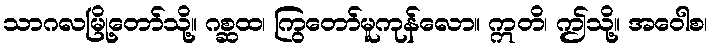
သာဂလမြို့တော်သို့။ ဂစ္ဆထ၊ ကြွတော်မူကုန်လော။ ဣတိ၊ ဤသို့။ အဝေါစ၊